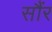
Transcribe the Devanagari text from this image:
सौंर